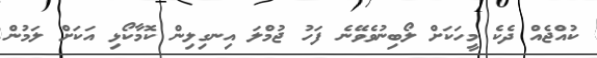
ކުއްޖެއް ދެކެ މީހަކަށް ލޯބިނުވެވޭނެ ފަހު ޖުމްލަ އިނގިލިން ކޮމާކޯޅި އަކަށް ލަމުން